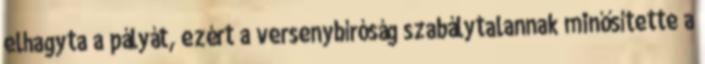
elhagyta a pályát, ezért a versenybíróság szabálytalannak minősítette a